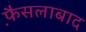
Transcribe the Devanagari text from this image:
फै़सलाबाद